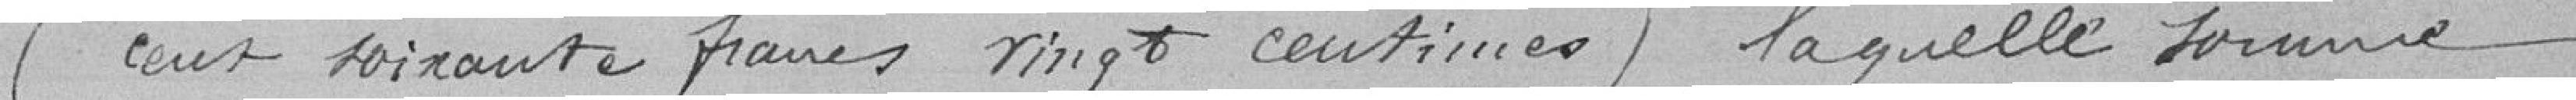
(Cent soixante francs vingt centimes) laquelle somme